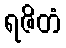
ရဇိတံ